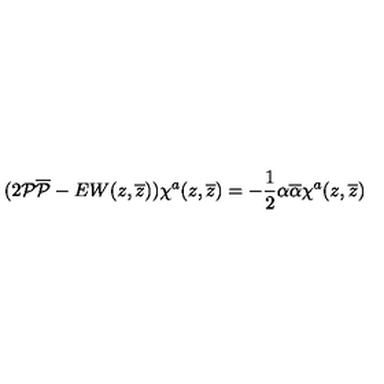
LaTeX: ( 2 { \cal P } { \overline { { \cal P } } } - E W ( z , \overline { { z } } ) ) \chi ^ { a } ( z , \overline { { z } } ) = - \frac { 1 } { 2 } \alpha \overline { { \alpha } } \chi ^ { a } ( z , \overline { { z } } )